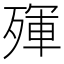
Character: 𣨿